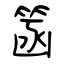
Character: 䈄